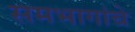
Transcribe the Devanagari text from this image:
समभागांचे